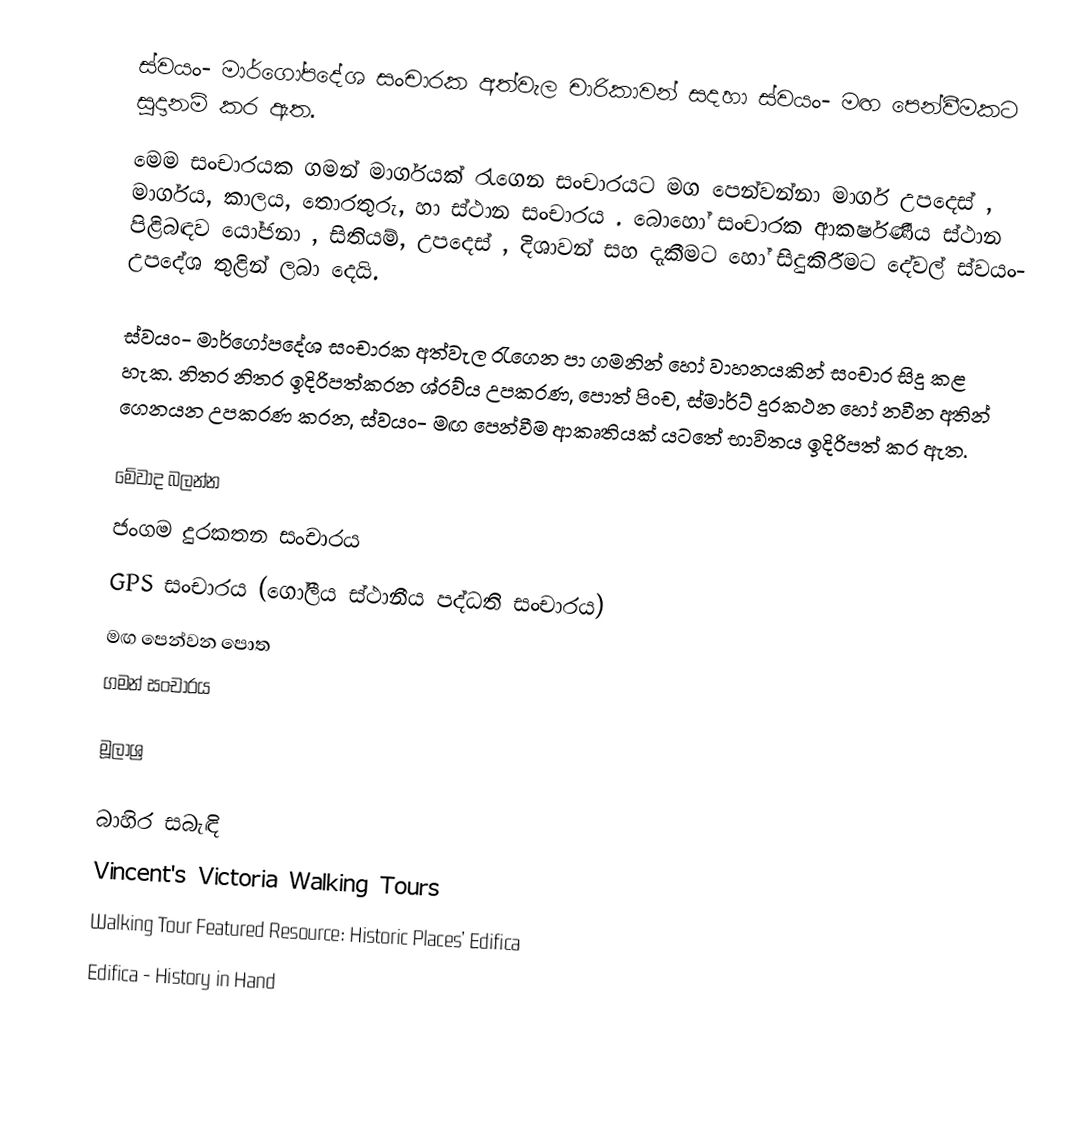
ස්වයං- මාර්ගෝපදේශ සංචාරක අත්වැල චාරිකාවන් සදහා  ස්වයං- මඟ පෙන්වීමකට සූදානම් කර ඇත.
මෙම සංචාරයක ගමන් මාර්ගයක්  රැගෙන සංචාරයට මග පෙන්වන්නා මාර්ග උපදෙස් , මාර්ගය, කාලය, තොරතුරු, හා ස්ථාන සංචාරය . බොහෝ සංචාරක ආකර්ෂණීය ස්ථාන පිළිබඳව යෝජනා , සිතියම්, උපදෙස් , දිශාවන් සහ දැකීමට හෝ සිදුකිරීමට දේවල් ස්වයං- උපදේශ තුළින් ලබා දෙයි.

ස්වයං- මාර්ගෝපදේශ සංචාරක අත්වැල රැගෙන පා ගමනින් හෝ වාහනයකින් සංචාර සිදු කළ හැක.  නිතර නිතර ඉදිරිපත්කරන  ශ්රව්ය උපකරණ, පොත් පිංච, ස්මාර්ට් දුරකථන හෝ නවීන අතින් ගෙනයන උපකරණ කරන, ස්වයං- මඟ පෙන්වීම ආකෘතියක් යටතේ භාවිතය ඉදිරිපත් කර ඇත.

මේවාද බලන්න
 ජංගම දුරකතන සංචාරය
 GPS සංචාරය (ගෝලීය ස්ථානීය පද්ධති සංචාරය)
 මඟ පෙන්වන පොත
 ගමන් සංචාරය

මූලාශ්‍ර

බාහිර සබැඳි
 Vincent's Victoria Walking Tours
 Walking Tour Featured Resource: Historic Places’ Edifica
 Edifica - History in Hand